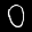
Label: 0